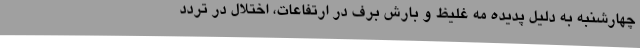
چهارشنبه به دلیل پدیده مه غلیظ و بارش برف در ارتفاعات، اختلال در تردد